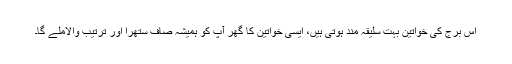
اس برج کی خواتین بہت سلیقہ مند ہوتی ہیں، ایسی خواتین کا گھر آپ کو ہمیشہ صاف ستھرا اور ترتیب والاملے گا۔